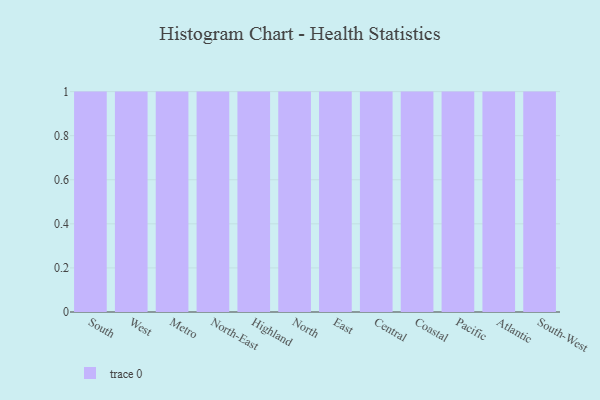
{"axis": {"x": "Region", "y": "Latency (ms)"}, "legend": [""], "data": [{"x": "South", "y": 84, "type": ""}, {"x": "West", "y": 24, "type": ""}, {"x": "Metro", "y": 68, "type": ""}, {"x": "North-East", "y": 31, "type": ""}, {"x": "Highland", "y": 74, "type": ""}, {"x": "North", "y": 43, "type": ""}, {"x": "East", "y": 65, "type": ""}, {"x": "Central", "y": 36, "type": ""}, {"x": "Coastal", "y": 4, "type": ""}, {"x": "Pacific", "y": 42, "type": ""}, {"x": "Atlantic", "y": 35, "type": ""}, {"x": "South-West", "y": 73, "type": ""}]}